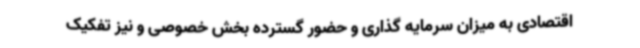
اقتصادی به میزان سرمایه گذاری و حضور گسترده بخش خصوصی و نیز تفکیک